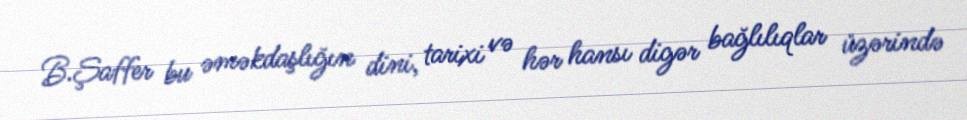
B.Şaffer bu əməkdaşlığın dini, tarixi və hər hansı digər bağlılıqlar üzərində